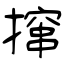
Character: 撺